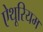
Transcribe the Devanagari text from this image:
ऐथूरियम